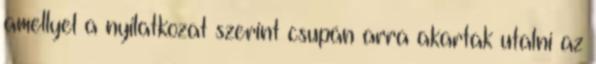
amellyel a nyilatkozat szerint csupán arra akartak utalni az